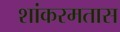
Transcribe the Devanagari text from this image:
शांकरमतास